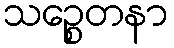
သဉ္စေတနာ